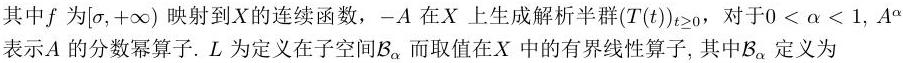
其中$f$为$[\sigma,+\infty)$映射到$X$的连续函数，$-A$在$X$上生成解析半群$(T(t))_{t\geq0}$，对于$0 < \alpha < 1$，$A^{\alpha}$表示$A$的分数幂算子. $L$为定义在子空间$\mathcal{B}_{\alpha}$而取值在$X$中的有界线性算子, 其中$\mathcal{B}_{\alpha}$定义为